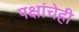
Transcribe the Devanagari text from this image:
पक्षांचेही